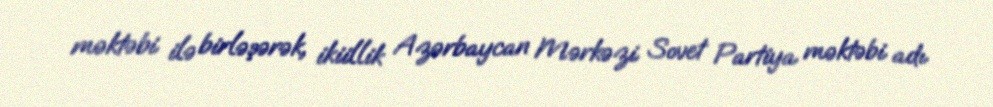
məktəbi ilə birləşərək, ikiillik Azərbaycan Mərkəzi Sovet Partiya məktəbi adı